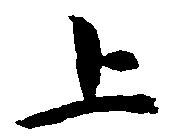
上